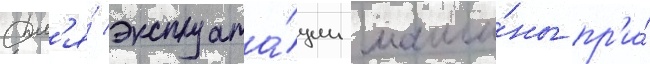
Дл'я́ эксплуата́ции маши́ны пр'и́